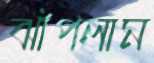
ঝাঁপলাম